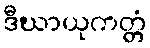
ဒီဃာယုကတ္တံ